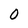
Character: 0